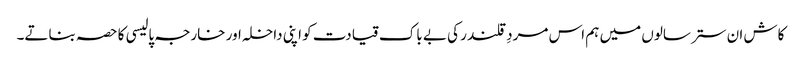
کاش ان ستر سالوں میں ہم اس مردِ قلندر کی بے باک قیادت کو اپنی داخلہ اور خارجہ پالیسی کا حصہ بناتے۔